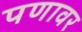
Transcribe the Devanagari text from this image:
पणावर